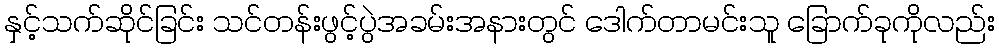
နှင့်သက်ဆိုင်ခြင်း သင်တန်းဖွင့်ပွဲအခမ်းအနားတွင် ဒေါက်တာမင်းသူ ခြောက်ခုကိုလည်း